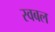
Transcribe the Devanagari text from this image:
स्वबल